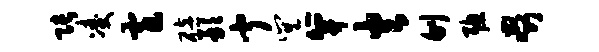
张凌窄碚敢闻巽笄火刎聪啜